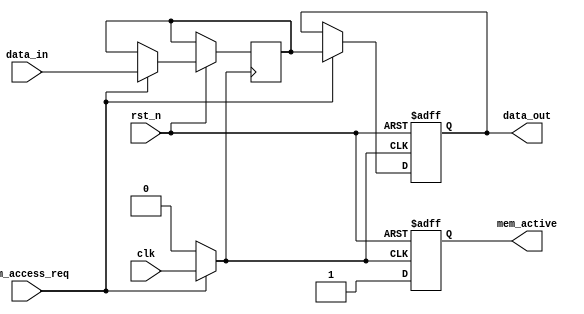
module memory_block(
    input wire clk,                // Clock input for the memory block
    input wire rst_n,              // Asynchronous reset (active low)
    input wire mem_access_req,     // Memory access request signal
    input wire [7:0] data_in,      // Data input for write operations
    output reg [7:0] data_out,     // Data output for read operations
    output reg mem_active          // Indicates if the memory block is active
);

// Memory storage
reg [7:0] memory [0:255]; // 256 x 8-bit memory

// Clock gating control signal
reg gated_clk;

// Clock gating logic
always @(*) begin
    if (mem_access_req) begin
        gated_clk = clk; // Enable clock if there is a memory access request
    end else begin
        gated_clk = 1'b0; // Disable clock if there is no access request
    end
end

// Asynchronous reset and memory operation
always @(posedge gated_clk or negedge rst_n) begin
    if (!rst_n) begin
        mem_active <= 1'b0; // Reset memory active state
        data_out <= 8'b0;   // Reset data output
    end else begin
        mem_active <= 1'b1; // Memory block is active

        // Memory read/write operations
        if (mem_access_req) begin
            // Example: Write data to address 0 (for simplicity)
            memory[0] <= data_in; // Write operation (you can modify as needed)
            data_out <= memory[0]; // Read operation (you can modify as needed)
        end
    end
end

endmodule